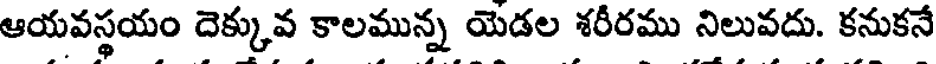
ఆయవస్థయం దెక్కువ కాలమున్న యెడల శరీరము నిలువదు. కనుకనే